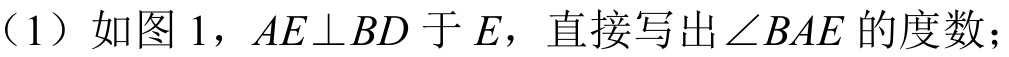
（1）如图 1，\(AE\perp BD\) 于 \(E\)，直接写出 \(\angle BAE\) 的度数；